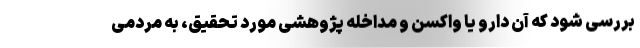
بررسی شود که آن دارو یا واکسن و مداخله‌ پژوهشی مورد تحقیق، به مردمی